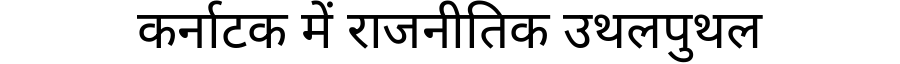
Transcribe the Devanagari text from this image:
कर्नाटक में राजनीतिक उथलपुथल